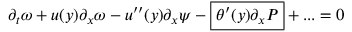
\partial _ { t } \omega + u ( y ) \partial _ { x } \omega - u ^ { \prime \prime } ( y ) \partial _ { x } \psi - \boxed { \theta ^ { \prime } ( y ) \partial _ { x } P } + . . . = 0